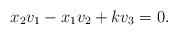
LaTeX: \begin{align*}x_2v_1-x_1v_2+kv_3=0.\end{align*}